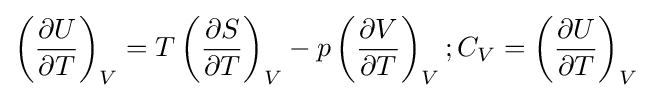
\left({\frac {\partial U}{\partial T}}\right)_{V}=T\left({\frac {\partial S}{\partial T}}\right)_{V}-p\left({\frac {\partial V}{\partial T}}\right)_{V};C_{V}=\left({\frac {\partial U}{\partial T}}\right)_{V}